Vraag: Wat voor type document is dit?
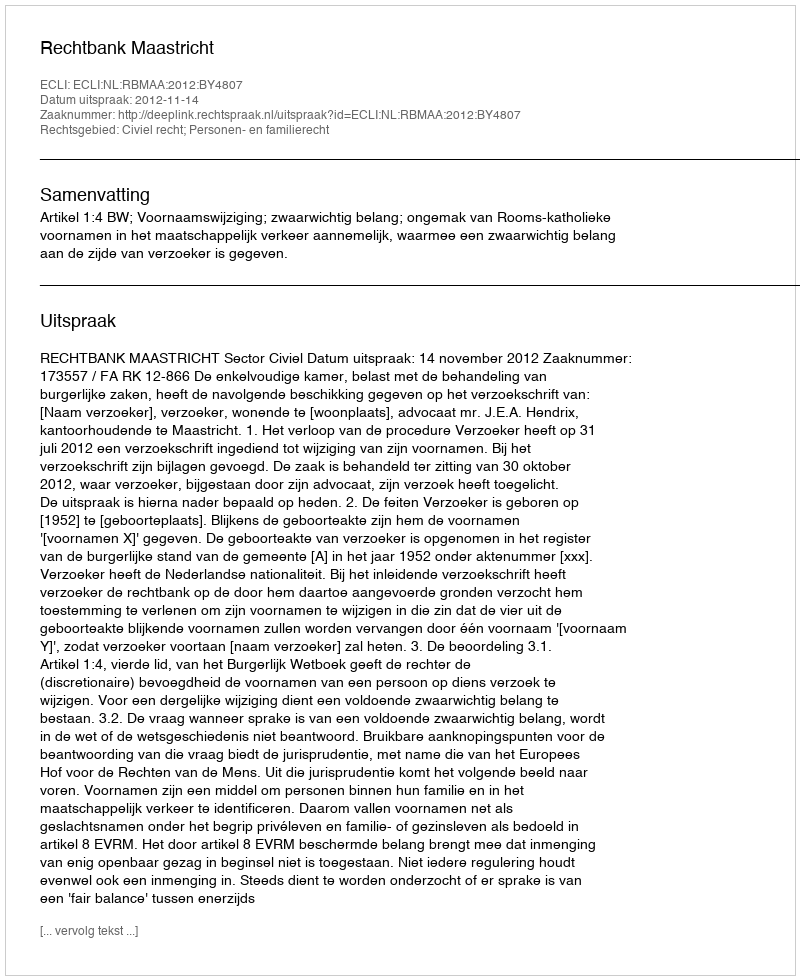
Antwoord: Uitspraak